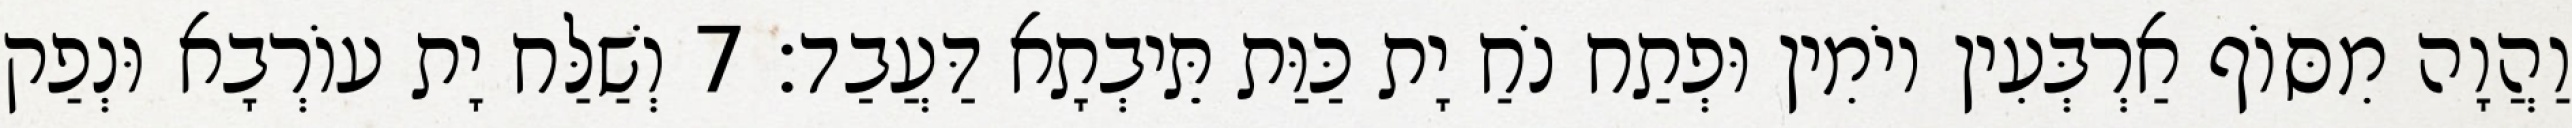
וַהֲוָה מִסּוֹף אַרְבְּעִין יוֹמִין וּפְתַח נֹחַ יָת כַּוַּת תֵּיבְתָא דַּעֲבַד׃ 7 וְשַׁלַּח יָת עוֹרְבָא וּנְפַק